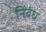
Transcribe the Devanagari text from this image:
निंबंध